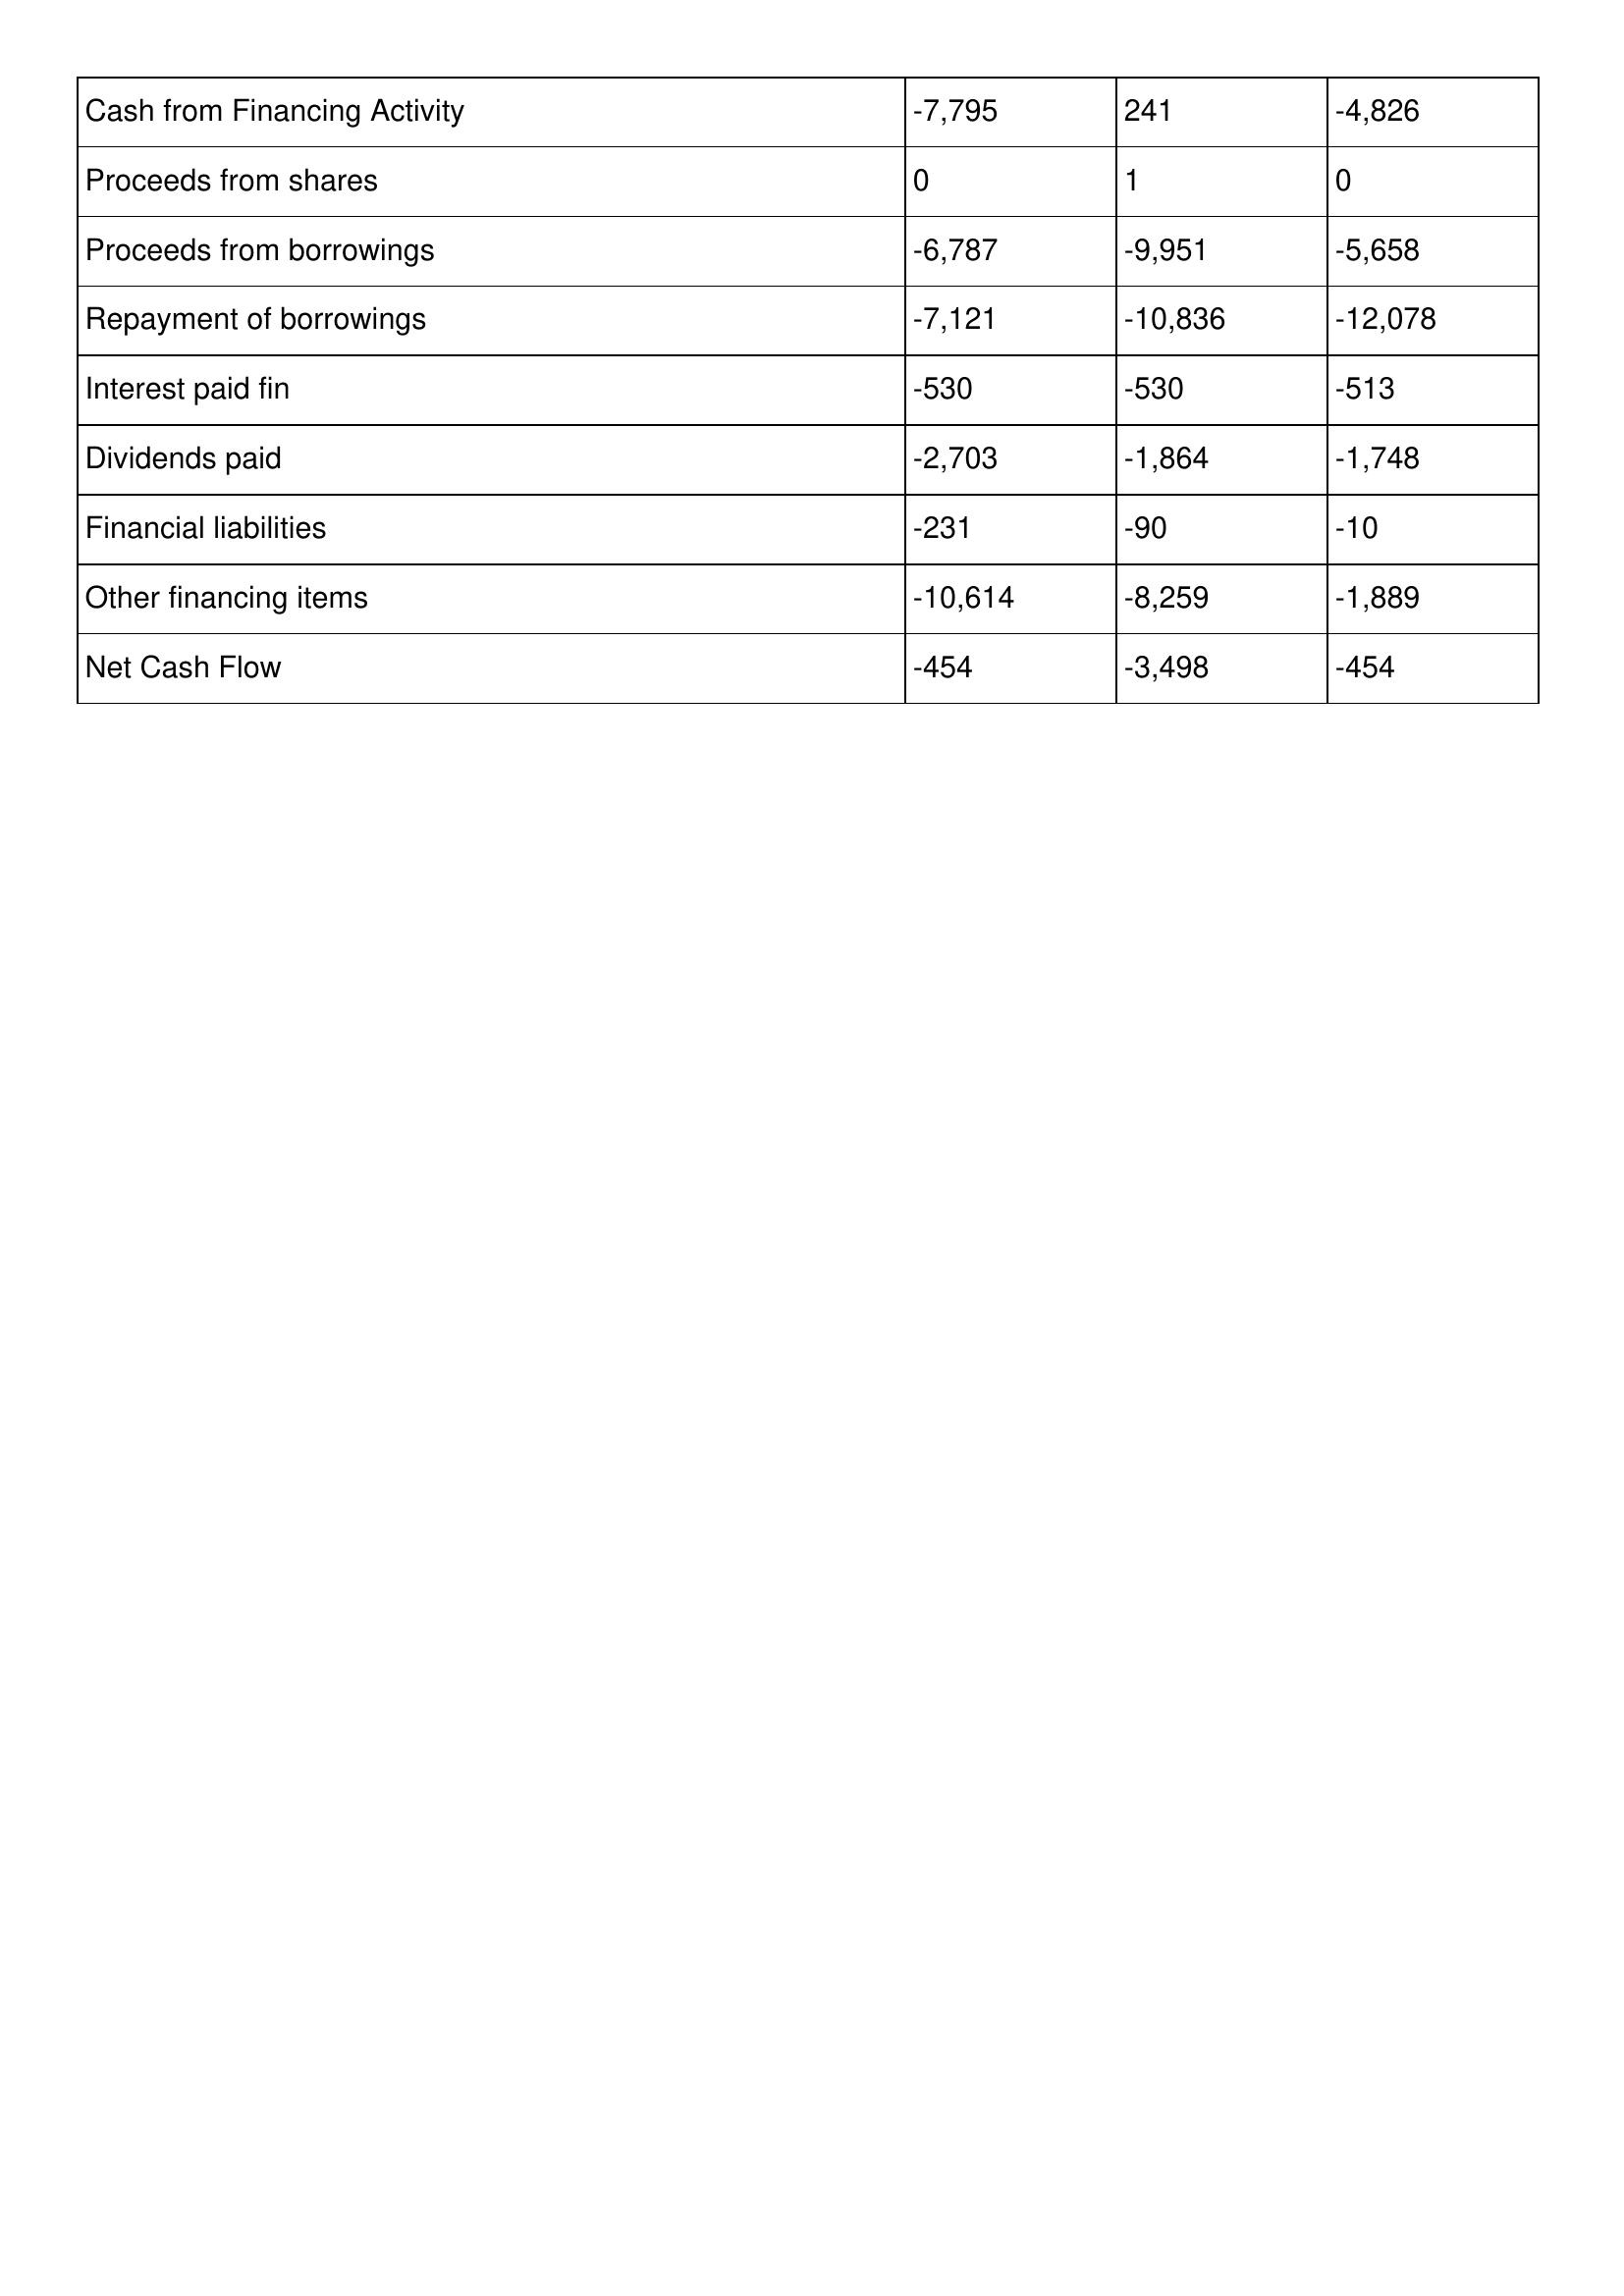
gt_parse: 2018: Cash Flows: Cash from Financing Activity: -7,795
Proceeds from shares: 0
Proceeds from borrowings: -6,787
Repayment of borrowings: -7,121
Interest paid fin: -530
Dividends paid: -2,703
Financial liabilities: -231
Other financing items: -10,614
Net Cash Flow: -454
2017: Cash Flows: Cash from Financing Activity: 241
Proceeds from shares: 1
Proceeds from borrowings: -9,951
Repayment of borrowings: -10,836
Interest paid fin: -530
Dividends paid: -1,864
Financial liabilities: -90
Other financing items: -8,259
Net Cash Flow: -3,498
2016: Cash Flows: Cash from Financing Activity: -4,826
Proceeds from shares: 0
Proceeds from borrowings: -5,658
Repayment of borrowings: -12,078
Interest paid fin: -513
Dividends paid: -1,748
Financial liabilities: -10
Other financing items: -1,889
Net Cash Flow: -454